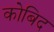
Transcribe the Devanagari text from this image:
कोबिद